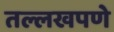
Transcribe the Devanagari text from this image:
तल्लखपणे